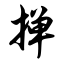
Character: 掸